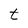
Character: t